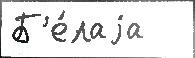
Б'е́лаjа